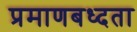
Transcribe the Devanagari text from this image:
प्रमाणबध्दता